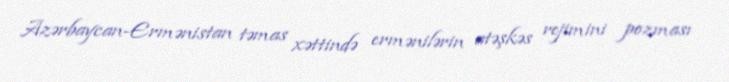
Azərbaycan-Ermənistan təmas xəttində ermənilərin atəşkəs rejimini pozması